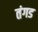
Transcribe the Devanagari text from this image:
तंगड